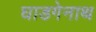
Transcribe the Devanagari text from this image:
घाडगेनाथ